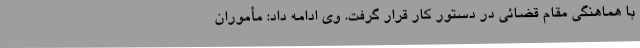
با هماهنگی مقام قضائی در دستور کار قرار گرفت. وی ادامه داد: مأموران